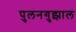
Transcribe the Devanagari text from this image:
पुलनगुझाल